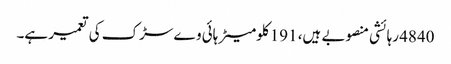
4840 رہائشی منصوبے ہیں، 191 کلومیٹر ہائی وے سڑک کی تعمیر ہے۔